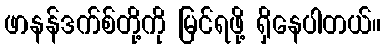
ဖာနန်ဒက်စ်တို့ကို မြင်ရဖို့ ရှိနေပါတယ်။